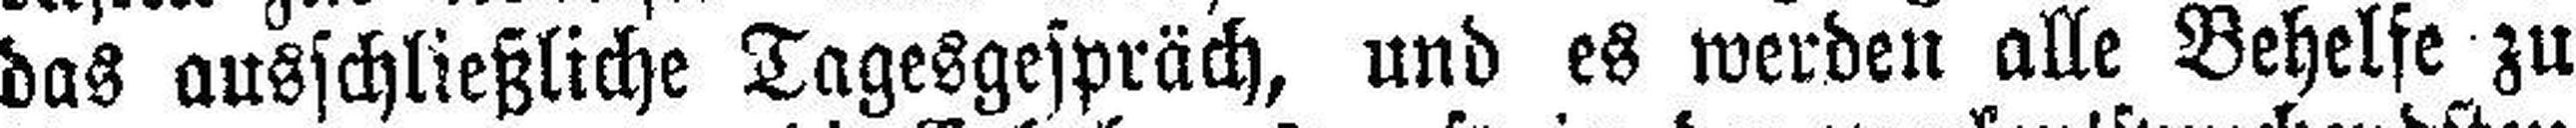
das ausschließliche Tagesgespräch, und es werden alle Behelfe zu